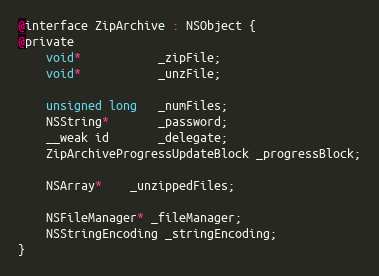
Language: C
@interface ZipArchive : NSObject {
@private
	void*           _zipFile;
	void*           _unzFile;

    unsigned long   _numFiles;
	NSString*       _password;
	__weak id       _delegate;
    ZipArchiveProgressUpdateBlock _progressBlock;

    NSArray*    _unzippedFiles;

    NSFileManager* _fileManager;
    NSStringEncoding _stringEncoding;
}